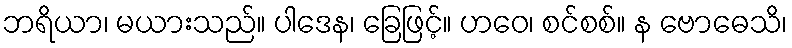
ဘရိယာ၊ မယားသည်။ ပါဒေန၊ ခြေဖြင့်။ ဟဝေ၊ စင်စစ်။ န ဗောဓေသိ၊